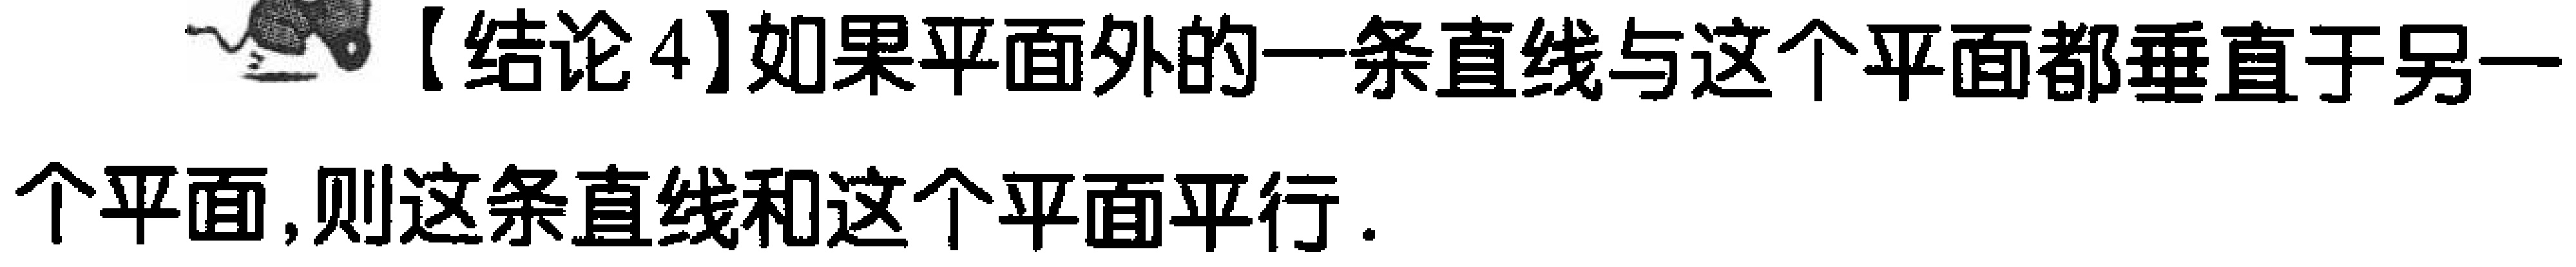
【结论4】如果平面外的一条直线与这个平面都垂直于另一个平面,则这条直线和这个平面平行.